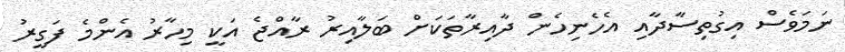
ނަމަވެސް އިގުތިސާދާއި އެހެނިހެން ދާއިރާތަކަށް ބަލާއިރު ރާއްޖެ އަކީ މިހާރު އެންމެ ފަގީރު